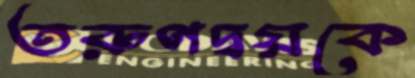
তরুণদ্বয়কে